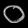
Digit: ၀